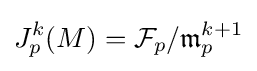
J_{p}^{k}(M)={\mathcal {F}}_{p}/{\mathfrak {m}}_{p}^{k+1}